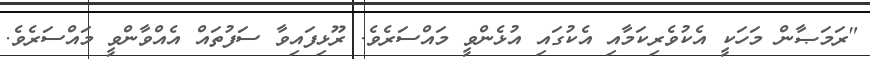
"ރަމަޞާން މަހަކީ އެކުވެރިކަމާއި އެކުގައި އުޅެންވީ މައްސަރެވެ. ރޫޅިފައިވާ ސަފުތައް އެއްވާންވީ މައްސަރެވެ.